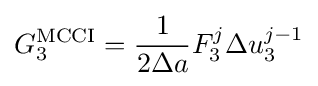
G_{3}^{\text{MCCI}}={\frac {1}{2\Delta a}}F_{3}^{j}{\Delta u_{3}^{j-1}}